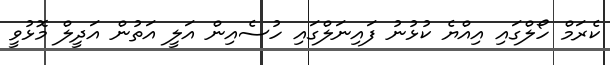
ކެރަމް ހޯލްގައި އިއްޔެ ކުޅުނު ފައިނަލްގައި ހުސެއިން އަލީ އަތުން އަދީލް މޮޅުވީ